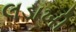
લડાખી